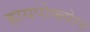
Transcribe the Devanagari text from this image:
हायपोफ्लोरस